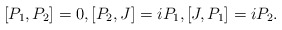
\begin{align*}[P_1, P_2]=0,[P_2,J]=i P_1,[J, P_1]=i P_2.\end{align*}